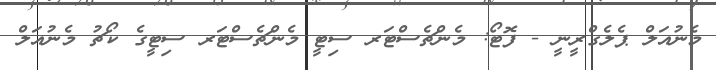
މެނުއަލް ޕެލެގްރީނީ - ފޮޓޯ: މެންޗެސްޓަރ ސިޓީ މެންޗެސްޓަރ ސިޓީގެ ކޯޗު މެނުއަލް